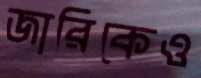
জারিকেও